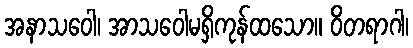
အနာသဝေါ၊ အာသဝေါမရှိကုန်ထသော။ ဝိတရာဂါ၊